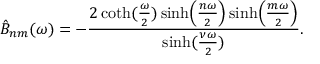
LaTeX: \hat { B } _ { n m } ( \omega ) = - { \frac { 2 \coth ( { \frac { \omega } { 2 } } ) \sinh \Bigl ( { \frac { n \omega } { 2 } } \Bigr ) \sinh \Bigl ( { \frac { m \omega } { 2 } } \Bigr ) } { \sinh ( { \frac { \nu \omega } { 2 } } ) } } .